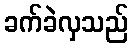
ခက်ခဲလှသည်